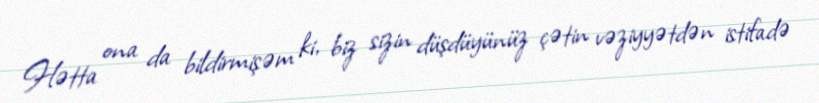
Hətta ona da bildirmişəm ki, biz sizin düşdüyünüz çətin vəziyyətdən istifadə